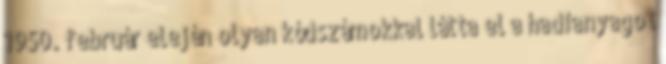
1950. február elején olyan kódszámokkal látta el a hadianyagot